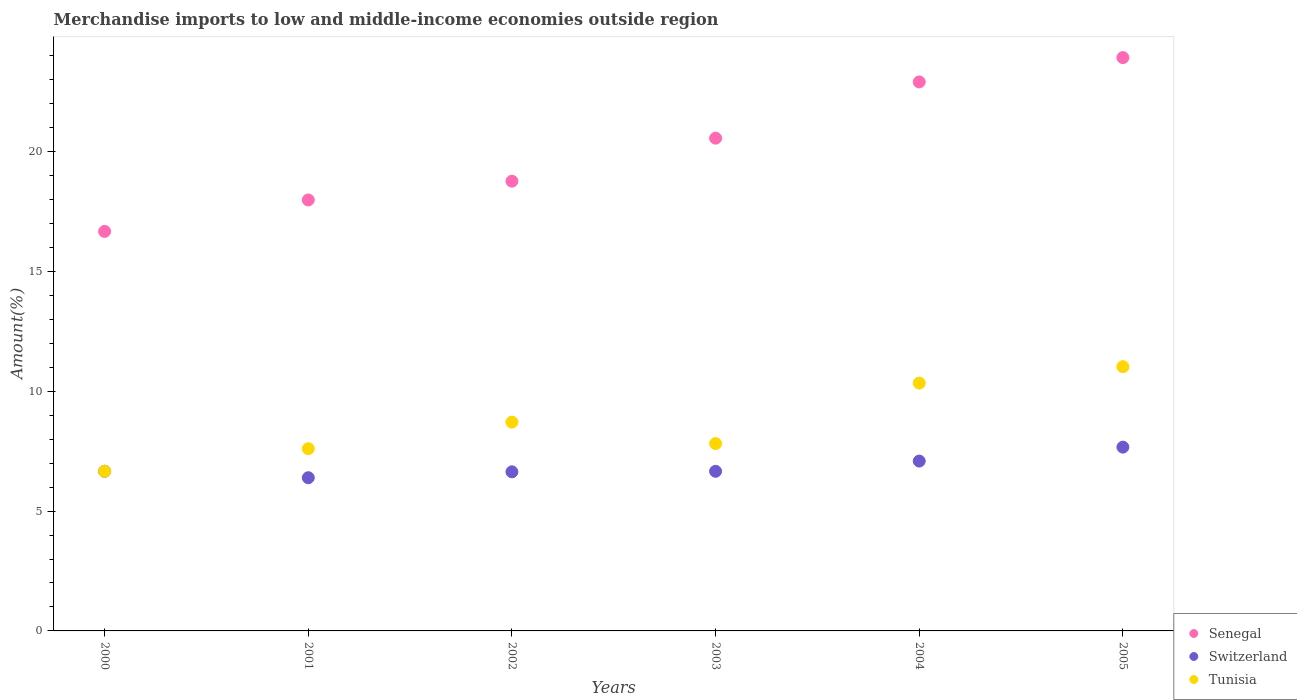
| Years | Senegal | Switzerland | Tunisia |
 | --- | --- | --- | --- |
 | 2000 | 16.7 | 6.66 | 6.66 |
 | 2001 | 18 | 6.39 | 7.6 |
 | 2002 | 18.8 | 6.64 | 8.71 |
 | 2003 | 20.6 | 6.66 | 7.82 |
 | 2004 | 22.9 | 7.09 | 10.3 |
 | 2005 | 23.9 | 7.67 | 11 |